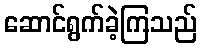
ဆောင်ရွက်ခဲ့ကြသည်